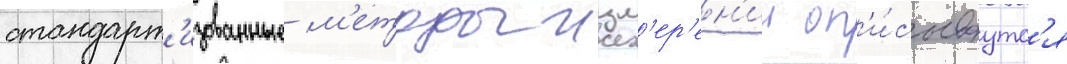
стандарт'изованные м'етоды изм'ер'ен'ии оп'и́сываутс'я